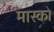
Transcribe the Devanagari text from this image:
मास्‍को